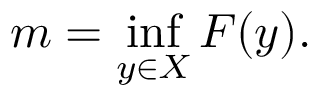
m = \operatorname* { i n f } _ { y \in X } F ( y ) .